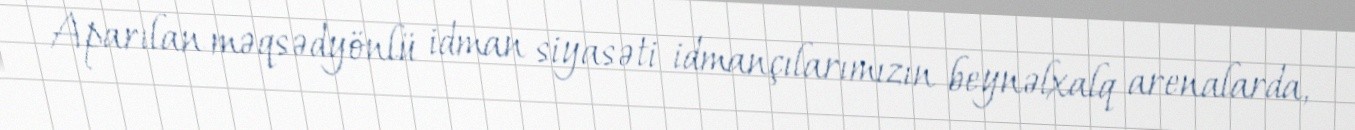
Aparılan məqsədyönlü idman siyasəti idmançılarımızın beynəlxalq arenalarda,